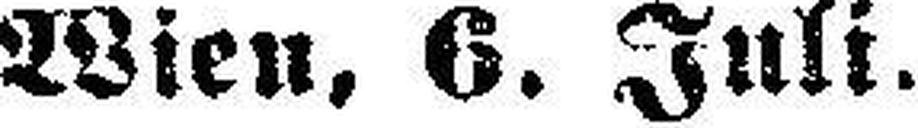
Wien, 6. Juli.